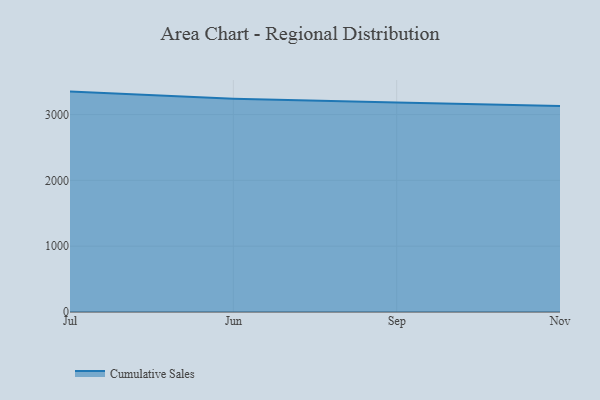
{"axis": {"x": "Month", "y": "Shipments"}, "legend": ["Cumulative Sales"], "data": [{"x": "Jul", "y": 3348.5, "type": "Cumulative Sales"}, {"x": "Jun", "y": 3240.1, "type": "Cumulative Sales"}, {"x": "Sep", "y": 3181.3, "type": "Cumulative Sales"}, {"x": "Nov", "y": 3129.8, "type": "Cumulative Sales"}]}